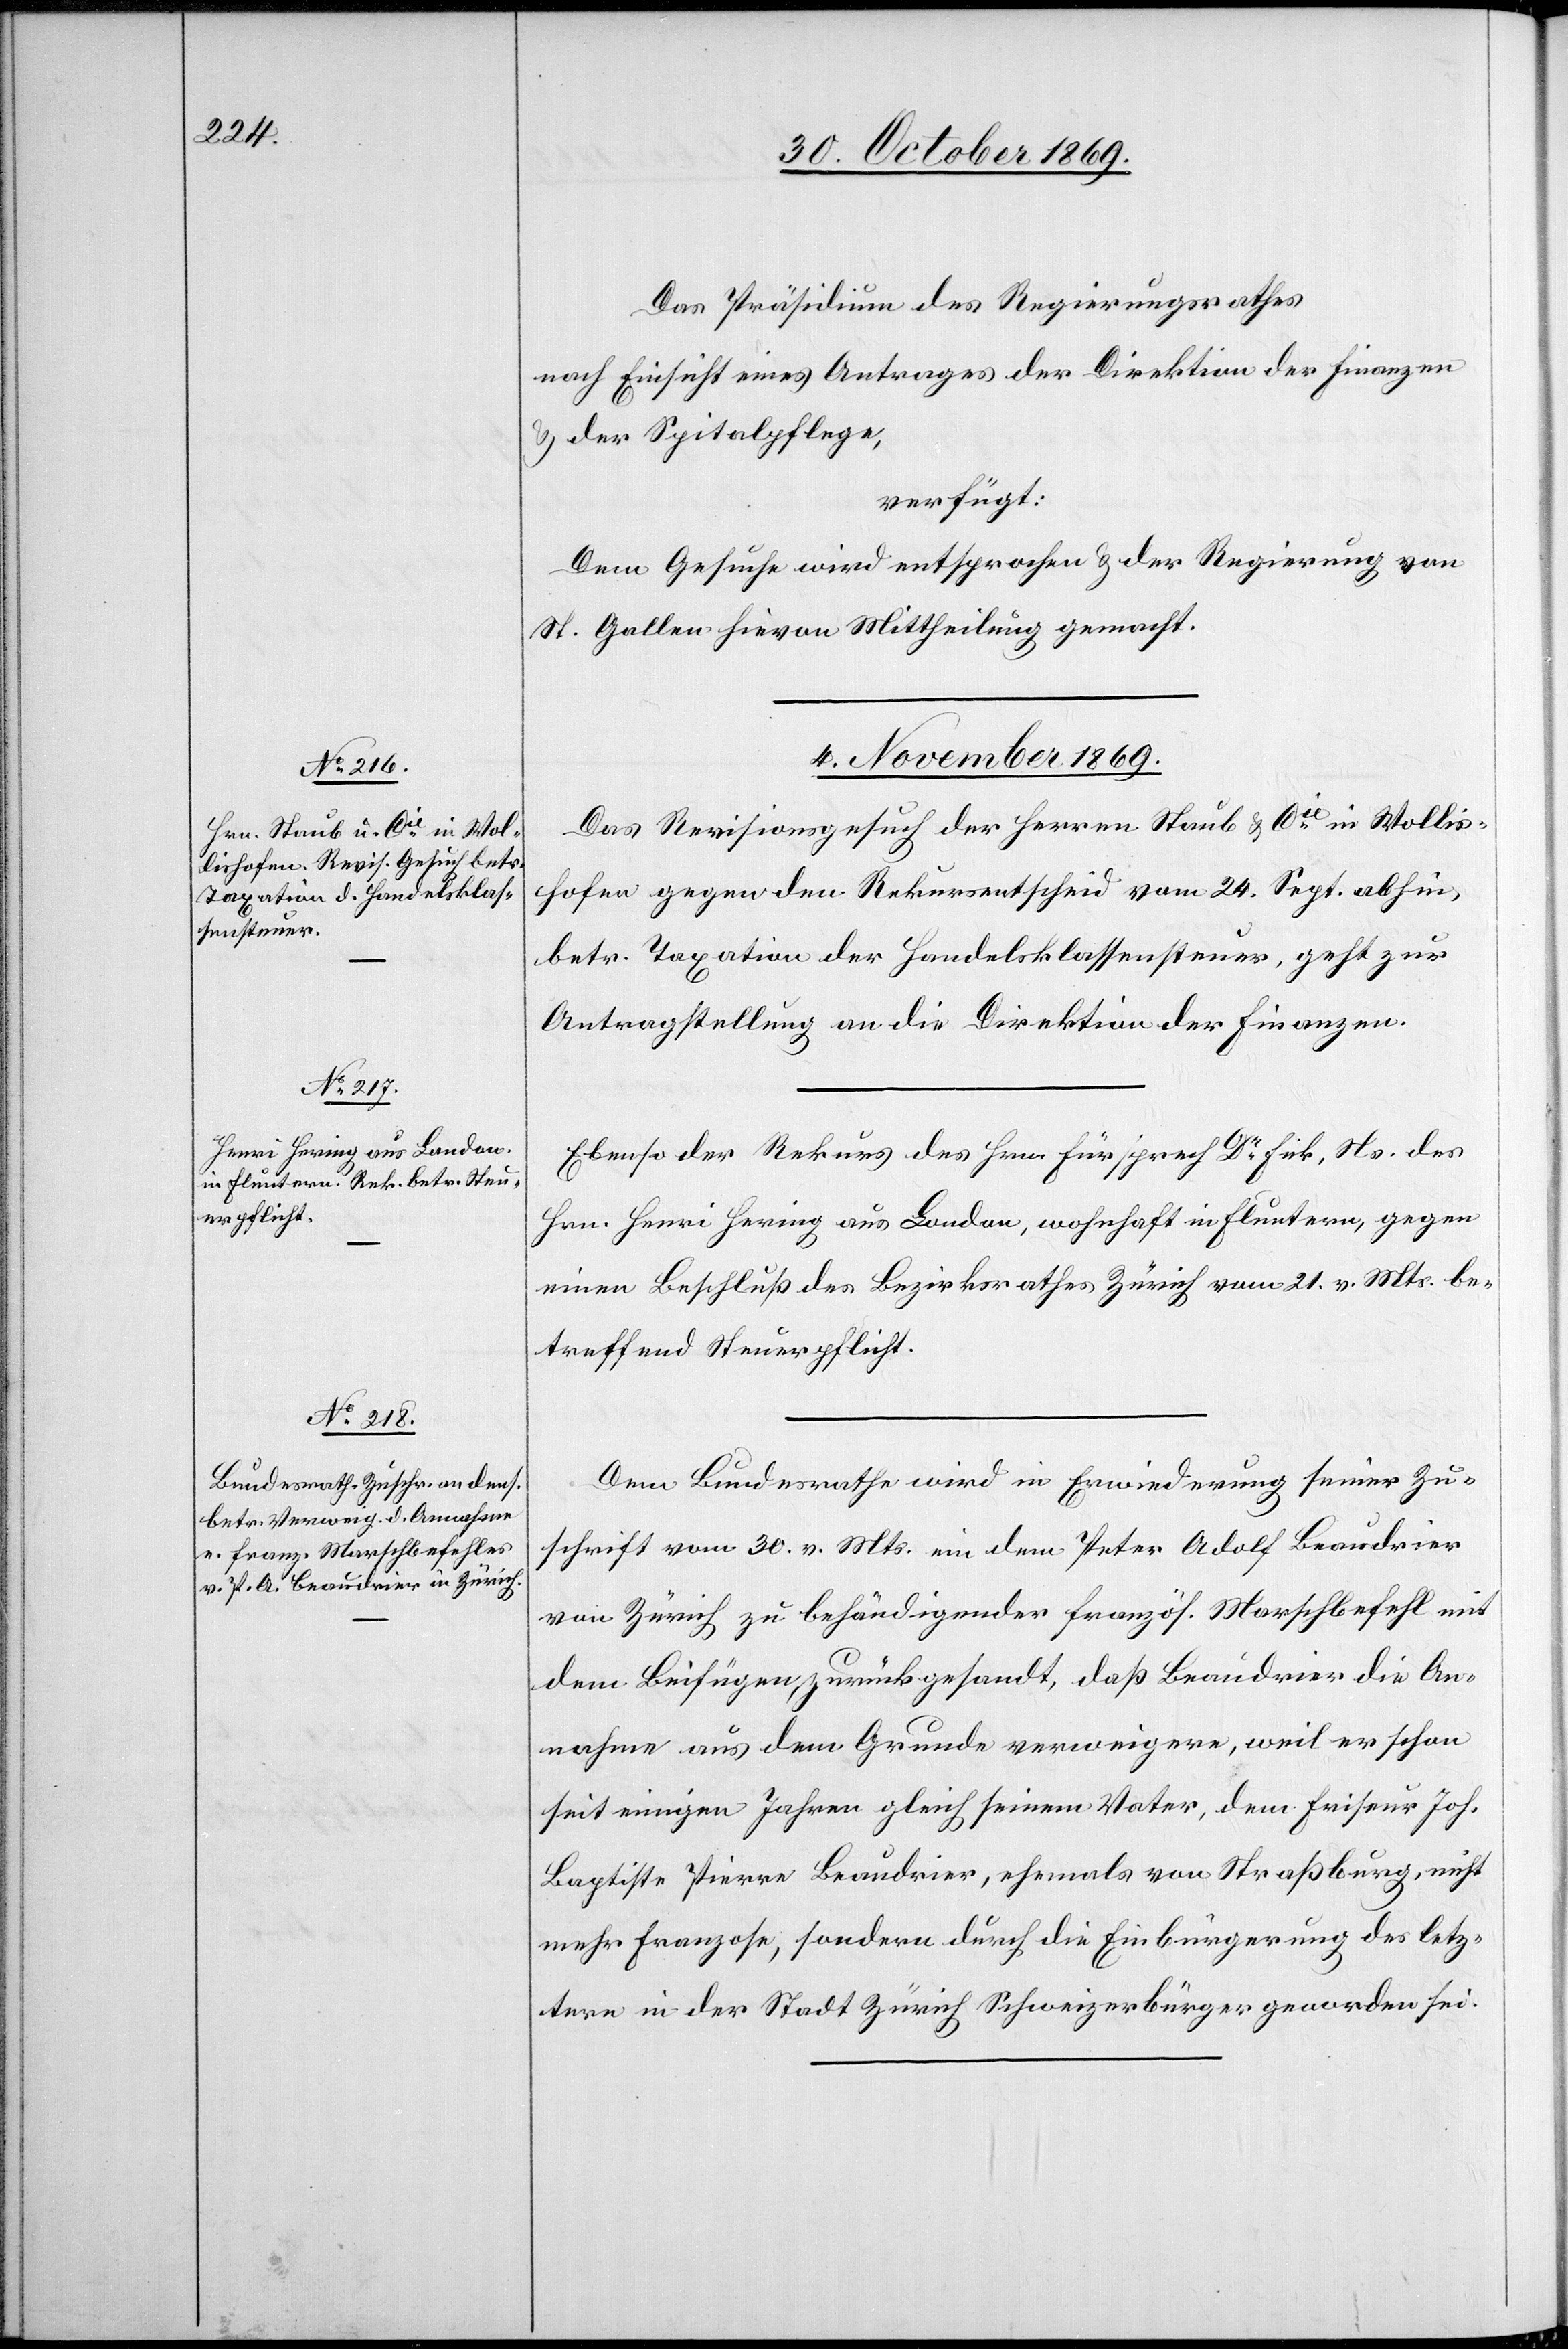
Das Präsidium des Regierungsrathes
nach Einsicht eines Antrages der Direktion der Finanzen
& der Spitalpflege,
verfügt:
Dem Gesuche wird entsprochen & der Regierung von
St. Gallen hievon Mittheilung gemacht.
4. November 1869.]
Das Revisionsgesuch der Herren Staub & Cie in Wollis¬
hofen gegen den Rekursentscheid vom 24. Sept. abhin,
betr. Taxation der Handelsklassensteuer, geht zur
Antragstellung an die Direktion der Finanzen.
Ebenso der Rekurs des Hrn. Fürsprech Dr Fick, Ns. des
Hrn. Henri Hering aus London, wohnhaft in Fluntern, gegen
einen Beschluß des Bezirksrathes Zürich vom 21. v. Mts. be¬
treffend Steuerpflicht.
Dem Bundesrathe wird in Erwiederung seiner Zu¬
schrift vom 30. v. Mts. ein dem Peter Adolf Beaudrier
von Zürich zu behändigender französ. Marschbefehl mit
dem Beifügen zurückgesandt, daß Beaudrier die An¬
nahme aus dem Grunde verweigere, weil er schon
seit einigen Jahren gleich seinem Vater, dem Friseur Joh.
Baptiste Pierre Beaudrier, ehemals von Straßburg, nicht
mehr Franzose, sondern durch die Einbürgerung des letz¬
tern in der Stadt Zürich Schweizerbürger geworden sei.